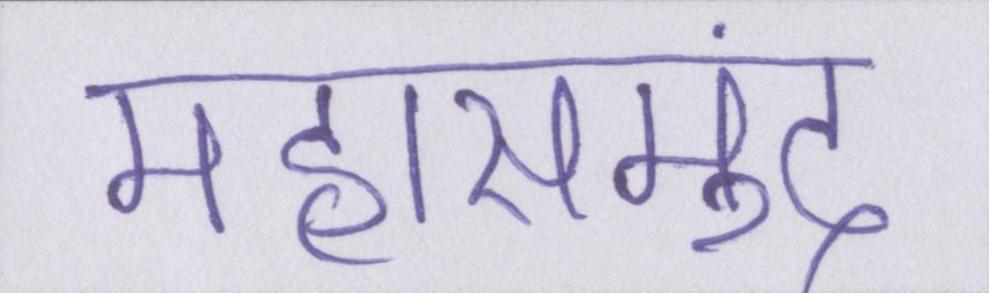
महासमुंद